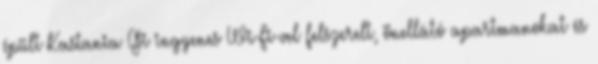
épült Kastania Gi ingyenes Wi-Fi-vel felszerelt, önellátó apartmanokat és